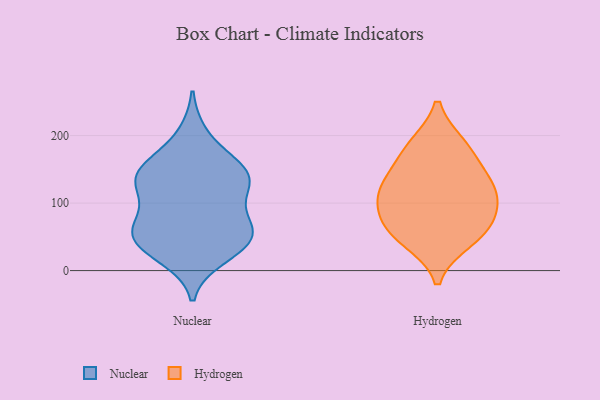
{"axis": {"x": "Page Views", "y": "Value"}, "legend": ["Hydrogen", "Nuclear"], "data": [{"x": "", "y": 38, "type": "Nuclear"}, {"x": "", "y": 119, "type": "Nuclear"}, {"x": "", "y": 136, "type": "Nuclear"}, {"x": "", "y": 136, "type": "Nuclear"}, {"x": "", "y": 51, "type": "Nuclear"}, {"x": "", "y": 52, "type": "Nuclear"}, {"x": "", "y": 145, "type": "Nuclear"}, {"x": "", "y": 66, "type": "Nuclear"}, {"x": "", "y": 74, "type": "Nuclear"}, {"x": "", "y": 153, "type": "Nuclear"}, {"x": "", "y": 154, "type": "Nuclear"}, {"x": "", "y": 119, "type": "Nuclear"}, {"x": "", "y": 35, "type": "Nuclear"}, {"x": "", "y": 200, "type": "Nuclear"}, {"x": "", "y": 21, "type": "Nuclear"}, {"x": "", "y": 65, "type": "Nuclear"}, {"x": "", "y": 45, "type": "Hydrogen"}, {"x": "", "y": 102, "type": "Hydrogen"}, {"x": "", "y": 121, "type": "Hydrogen"}, {"x": "", "y": 140, "type": "Hydrogen"}, {"x": "", "y": 123, "type": "Hydrogen"}, {"x": "", "y": 60, "type": "Hydrogen"}, {"x": "", "y": 60, "type": "Hydrogen"}, {"x": "", "y": 180, "type": "Hydrogen"}, {"x": "", "y": 89, "type": "Hydrogen"}, {"x": "", "y": 185, "type": "Hydrogen"}]}